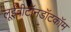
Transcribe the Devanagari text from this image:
लूईवीटॉनडॉटकॉम